Annual report of the Punjab Veterinary College and of the Civil Veterinary Department, Punjab - 1894-1908
Year: 1894
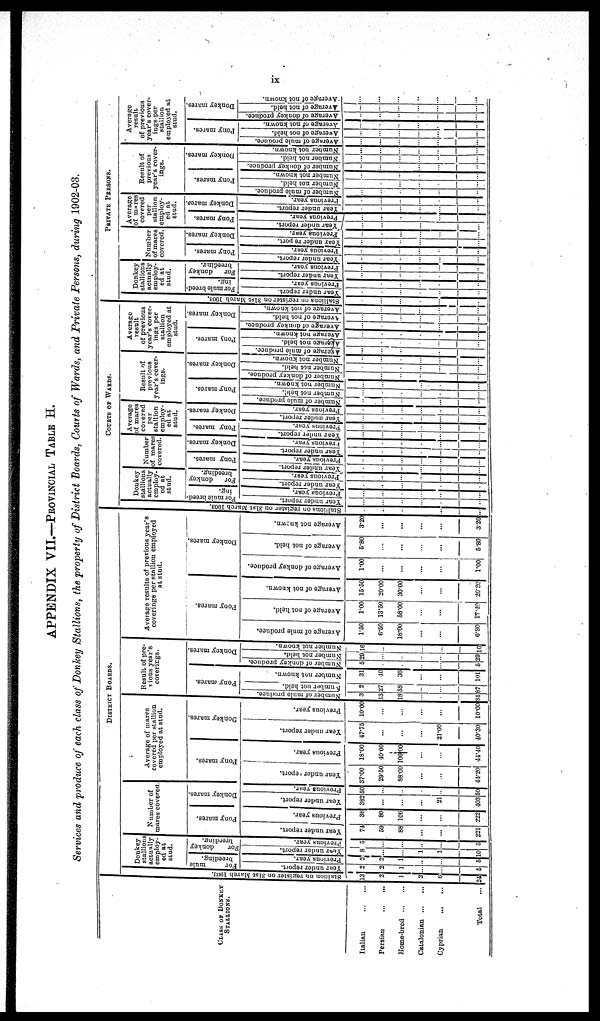
ix
APPENDIX VII—PROVINCIAL TABLE H.
Services and produce of each class of Donkey Stallions, the property of District Boards, Courts of Wards, and Private Persons, during 1902.03,
CLASS OF DONKEY
STALLIONS.
Italian
Persian
Home-bred
Catalonian ...
Cyprian
Total
DISTRICT BOARDS.
Stallion on register on
3lst
March 1903.
13
2
1
2
6
24
Donkey
stallion
actually
employ-
ed at
stud.
For
mule
breeding.
Year under report.
2
2
1
...
...
6
Previous year.
2
2
1
...
...
5
For
donkey
breeding.
Year
under report.
8
...
...
1
1
10
Previous year.
5
...
...
...
...
5
Number of
mares covered.
Pony mares.
Year under report.
74
59
88
...
...
221
Previous year.
36
80
106
...
...
222
Donkey mares.
Year under report.
382
...
...
...
21
403
Previous
year.
50
...
...
...
...
50
Average of mares
covered per stallion
employed at stud.
Pony mares.
Year under report.
37.00
29.50
88.00
...
...
44.20
Previous year.
18.00
40.00
106.00
...
...
44.40
Donkey mares.
Year under report.
47.75
...
...
...
21.00
40.30
Previous year.
10.00
...
...
...
...
10.00
Result of pre-
vious year's
coverings.
Pony mares.
Number of mule produce.
3
13
18
...
...
34
Number
not held.
2
27
58
...
...
87
Number not known.
31
40
30
...
...
101
Donkey mares.
Number
of donkey produce.
5
...
...
...
...
5
Number not held.
29
...
...
...
...
29
Number not known.
16
...
...
...
...
16
Average results of previous y
coverings per stallion employed
at stud.
Pony mares.
Average of mule produce.
1.50
6.60
18.00
...
...
6.80
Average of not held.
1.00
13.50
58.00
...
...
17.10
Average of not known.
15.50
20.00
30.00
...
...
20.20
Donkey mares.
Average of donkey produce.
1.00
...
...
...
...
1.00
Average of not held.
5.80
...
...
...
...
5.80
Average not known.
3.20
...
...
...
...
3.20
Stallion
on
register
on
3lst
March
1903.
...
...
...
...
...
...
COURTS OF WARDS.
Donkey
stallions
actually-
employ-
ed at
stud.
For mule breed-
ing.
Year
under
report.
...
...
...
...
...
...
Previous year.
...
...
...
...
...
...
For
donkey
breeding.
Year under report.
...
...
...
...
...
...
Previous year.
...
...
...
...
...
...
Nutnber
of mare
covered.
Pony mares.
Year
under report.
...
...
...
...
...
...
Previous year.
...
...
...
...
...
...
Donkey mares.
Year
under report.
...
...
...
...
...
...
Previous
year.
...
...
...
...
...
...
Average
of mares
covered
stallion
employ-
ed at
stud.
Pony mares.
Year
under report.
...
...
...
...
...
...
Previous year.
...
...
...
...
...
...
Donkey mares.
Year
under report.
...
...
...
...
...
...
Previous year.
...
...
...
...
...
...
Result of
previous
year's cover-
ings.
Pony mares.
Number
or mule
produce.
...
...
...
...
...
...
Number not held.
...
...
...
...
...
...
Number not known.
...
...
...
...
...
...
Donkey mares.
Number
of donkey
produce.
...
...
...
...
...
...
Number not held.
...
...
...
...
...
Number
not known.
...
...
...
...
...
...
Average
result
of previous
year's cover-
ings per
stallion
employed at
stud.
Pony mares.
Average of mule produce.
...
...
...
...
...
...
Average
not held.
...
...
...
...
...
...
Average
not known.
...
...
...
...
...
...
Donkey mares.
Average of donkey produce.
...
...
...
...
...
...
Average of not held.
...
...
...
...
...
...
Average of not known.
...
...
...
...
...
...
Stallion
on
register
on
3lst
March
1903.
...
...
...
...
...
...
PRIVATE
PERSONS.
Donkey
stallions
actually
employ-
ed at
stud.
For
mule breed-
ing.
Year under report.
...
...
...
...
...
...
Previous year.
...
...
...
...
...
...
For
donkey
breeding.
Year under report.
...
...
...
...
...
...
Previous year.
...
...
...
...
...
...
Number
of mares
covered.
Pony mares.
Year under report.
...
...
...
...
...
...
Previous year.
...
...
...
...
...
...
Donkey mares.
Year
under report.
...
...
...
...
...
...
Previous year.
...
...
...
...
...
...
Average
of mares
covered
per
stallion
employ-
ed at
stud.
Pony mares.
Year under report.
...
...
...
...
...
...
Previous year.
...
...
...
...
...
...
Donkey mares.
Year under
report.
...
...
...
...
...
...
Previous year.
...
...
...
...
...
...
Result of
previous
year's cover-
ings.
Pony mares.
Number of mule produce.
...
...
...
...
...
...
Number
not held.
...
...
...
...
...
...
Number not known.
...
...
...
...
...
...
Donkes mares
Number of donkey produce.
...
...
...
...
...
...
Number not hold.
...
...
...
...
...
...
Number not known.
...
...
...
...
...
...
Average
result
of previous
year's cover-
ings.per
Stallion
employed at
stud.
Pony mares.
Average of mule produce.
...
...
...
...
...
...
Average of not held.
...
...
...
...
...
...
Average of not known.
...
...
...
...
...
...
Donkey mares.
Average of donkey produce.
...
...
...
...
...
...
Average of not held.
...
...
...
...
...
...
Average of not known.
...
...
...
...
...
...